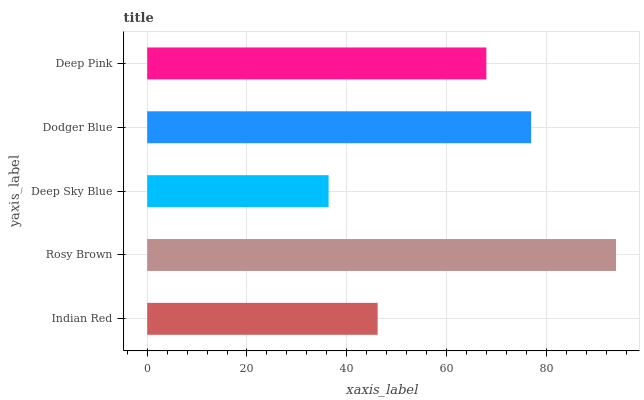
| yaxis_label | bars |
 | --- | --- |
 | Indian Red | 46.2 |
 | Rosy Brown | 94 |
 | Deep Sky Blue | 36.4 |
 | Dodger Blue | 77 |
 | Deep Pink | 68 |